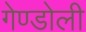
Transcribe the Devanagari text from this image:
गेण्डोली